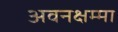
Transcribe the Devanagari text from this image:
अवनक्षम्मा